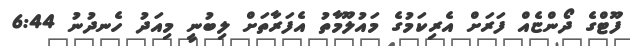
ފޫޓްގެ ދޯންޏެއް ފަރަށް އެރިކަމުގެ މައުލޫމާތު އެފަރާތަށް ލިބުނީ މިއަދު ހެނދުނު 6:44